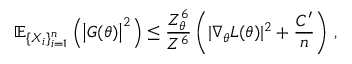
\mathbb { E } _ { \{ X _ { i } \} _ { i = 1 } ^ { n } } \left( \left| G ( \theta ) \right| ^ { 2 } \right) \leq \frac { Z _ { \theta } ^ { 6 } } { Z ^ { 6 } } \left( | \nabla _ { \theta } L ( \theta ) | ^ { 2 } + \frac { C ^ { \prime } } { n } \right) \, ,